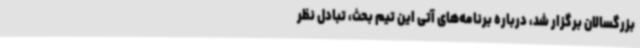
بزرگسالان برگزار شد، درباره برنامه‌های آتی این تیم بحث، تبادل نظر